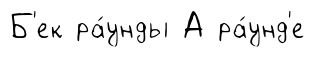
Б'ек ра́унды А ра́унд'е